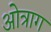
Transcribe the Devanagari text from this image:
ओत्राग